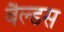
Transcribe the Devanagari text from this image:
वैल्डस